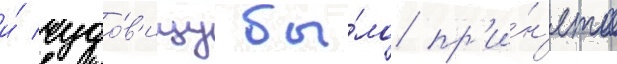
и́ чудо́в'ищу бы́ло пр'и́н'ято